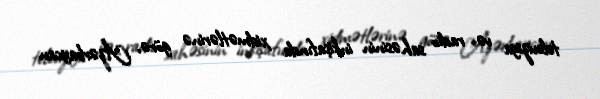
televiziya və radio sahəsinin inkişafında xidmətlərinə görə, Azərbaycan